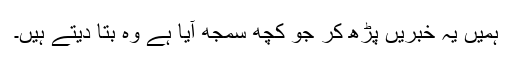
ہمیں یہ خبریں پڑھ کر جو کچھ سمجھ آیا ہے وہ بتا دیتے ہیں۔